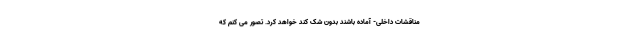
مناقشات داخلی- آماده باشند بدون شک کُند خواهد کرد. تصور می کنم که